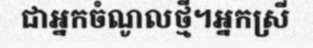
ជាអ្នកចំណូលថ្មី។អ្នកស្រី